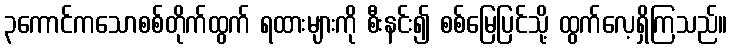
၃ကောင်ကသောစစ်တိုက်ထွက် ရထားများကို စီးနင်း၍ စစ်မြေပြင်သို့ ထွက်လေ့ရှိကြသည်။